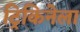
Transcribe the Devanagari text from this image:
ट्रिकिनेला